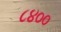
૮૪૦૦